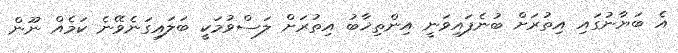
އެ ބަޔާނުގައި އިތުރަށް ބުނެފައިވަނީ އިންތިޚާބު އިތުރަށް ލަސްވުމަކީ ބަލައިގަނެވޭނެ ކަމެއް ނޫން